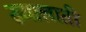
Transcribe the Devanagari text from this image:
ख्यालाती